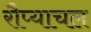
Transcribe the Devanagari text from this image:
रौप्याचल